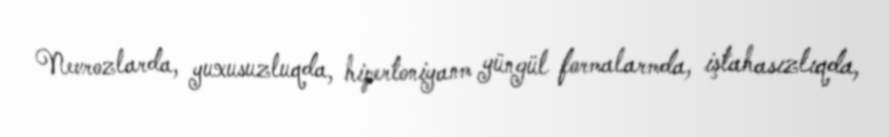
Nevrozlarda, yuxusuzluqda, hipertoniyanm yüngül formalarmda, iştahasızlıqda,